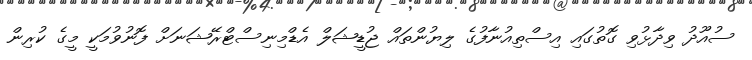
ސުއޫދު ވިދާޅުވި ގޮތުގައި އިސްތިއުނާފުގެ ލިޔުންތައް ޖުޑީޝަލް އެޑްމިނިސްޓްރޭޝަނަށް ފޮނުވުމަކީ މީގެ ކުރިން